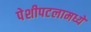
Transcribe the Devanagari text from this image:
पेशीपटलामध्ये